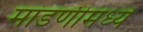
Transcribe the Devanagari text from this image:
मांडणीमध्‍ये